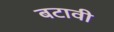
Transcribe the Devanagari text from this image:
बटावी